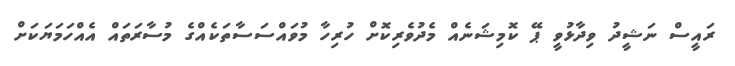
ރައީސް ނަޝީދު ވިދާޅުވީ ޕޭ ކޮމިޝަނެއް މެދުވެރިކޮށް ހުރިހާ މުވައްސަސާތަކެއްގެ މުސާރަތައް އެއްހަމަޔަކަށް